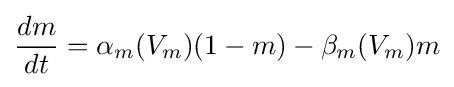
{\frac {dm}{dt}}=\alpha _{m}(V_{m})(1-m)-\beta _{m}(V_{m})m